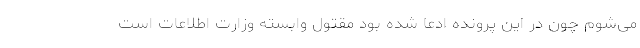
می‌شوم چون در این پرونده ادعا شده بود مقتول وابسته وزارت اطلاعات است